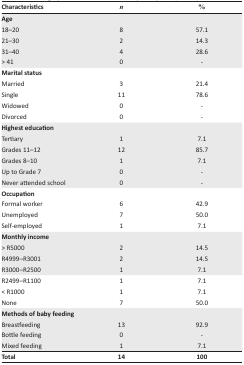
<table><thead><tr><td><b>Characteristics</b></td><td><b><i>n</i></b></td><td><b>%</b></td></tr></thead><tbody><tr><td colspan="3"><b>Age</b></td></tr><tr><td>18–20</td><td>8</td><td>57.1</td></tr><tr><td>21–30</td><td>2</td><td>14.3</td></tr><tr><td>31–40</td><td>4</td><td>28.6</td></tr><tr><td>&gt; 41</td><td>0</td><td>-</td></tr><tr><td colspan="3"><b>Marital status</b></td></tr><tr><td>Married</td><td>3</td><td>21.4</td></tr><tr><td>Single</td><td>11</td><td>78.6</td></tr><tr><td>Widowed</td><td>0</td><td>-</td></tr><tr><td>Divorced</td><td>0</td><td>-</td></tr><tr><td colspan="3"><b>Highest education</b></td></tr><tr><td>Tertiary</td><td>1</td><td>7.1</td></tr><tr><td>Grades 11–12</td><td>12</td><td>85.7</td></tr><tr><td>Grades 8–10</td><td>1</td><td>7.1</td></tr><tr><td>Up to Grade 7</td><td>0</td><td>-</td></tr><tr><td>Never attended school</td><td>0</td><td>-</td></tr><tr><td colspan="3"><b>Occupation</b></td></tr><tr><td>Formal worker</td><td>6</td><td>42.9</td></tr><tr><td>Unemployed</td><td>7</td><td>50.0</td></tr><tr><td>Self-employed</td><td>1</td><td>7.1</td></tr><tr><td colspan="3"><b>Monthly income</b></td></tr><tr><td>&gt; R5000</td><td>2</td><td>14.5</td></tr><tr><td>R4999–R3001</td><td>2</td><td>14.5</td></tr><tr><td>R3000–R2500</td><td>1</td><td>7.1</td></tr><tr><td>R2499–R1100</td><td>1</td><td>7.1</td></tr><tr><td>&lt; R1000</td><td>1</td><td>7.1</td></tr><tr><td>None</td><td>7</td><td>50.0</td></tr><tr><td colspan="3"><b>Methods of baby feeding</b></td></tr><tr><td>Breastfeeding</td><td>13</td><td>92.9</td></tr><tr><td>Bottle feeding</td><td>0</td><td>-</td></tr><tr><td>Mixed feeding</td><td>1</td><td>7.1</td></tr><tr><td><b>Total</b></td><td><b>14</b></td><td><b>100</b></td></tr></tbody></table>